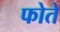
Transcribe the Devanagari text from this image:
फोते